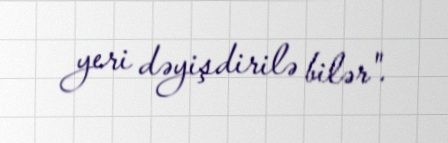
yeri dəyişdirilə bilər".